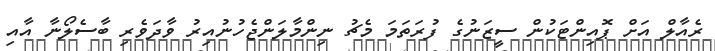
ރެއާލް އަށް ޕޮއިންޓަކުން ސީޒަނުގެ ފުރަތަމަ މެޗު ނިންމާލަންޖެހުނުއިރު ވާދަވެރި ބާސެލޯނާ އާއި